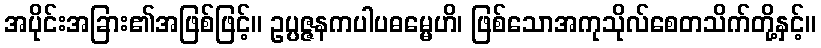
အပိုင်းအခြား၏အဖြစ်ဖြင့်။ ဥပ္ပဇ္ဇနကပါပဓမ္မေဟိ၊ ဖြစ်သောအကုသိုလ်စေတသိက်တို့နှင့်။